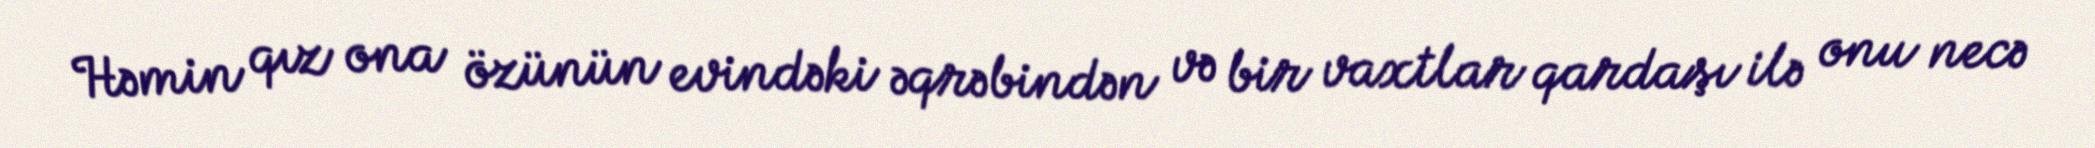
Həmin qız ona özünün evindəki əqrəbindən və bir vaxtlar qardaşı ilə onu necə